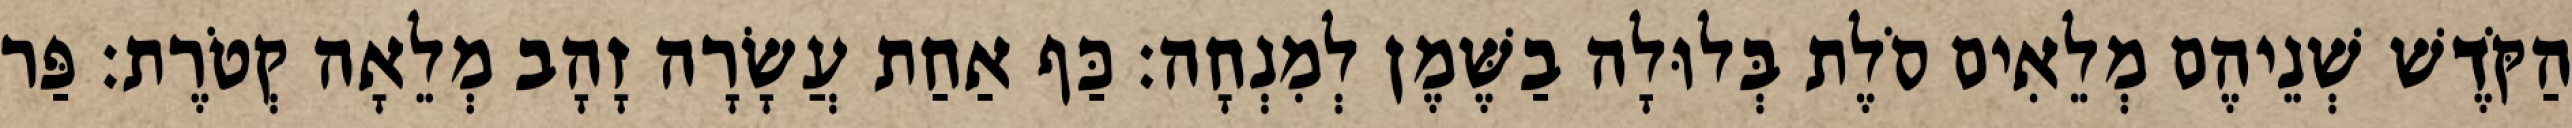
הַקֹּדֶשׁ שְׁנֵיהֶם מְלֵאִים סֹלֶת בְּלוּלָה בַשֶּׁמֶן לְמִנְחָה׃ כַּף אַחַת עֲשָׂרָה זָהָב מְלֵאָה קְטֹרֶת׃ פַּר